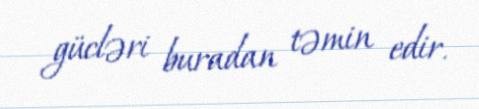
gücləri buradan təmin edir.